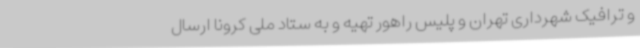
و ترافیک شهرداری تهران و پلیس راهور تهیه و به ستاد ملی کرونا ارسال